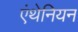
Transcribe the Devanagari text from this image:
एंथेनियन